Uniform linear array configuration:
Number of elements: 48
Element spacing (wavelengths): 0.75
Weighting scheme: kaiser
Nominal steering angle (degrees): -60
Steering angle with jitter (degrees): -61.993
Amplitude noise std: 0.05
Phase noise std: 0.05

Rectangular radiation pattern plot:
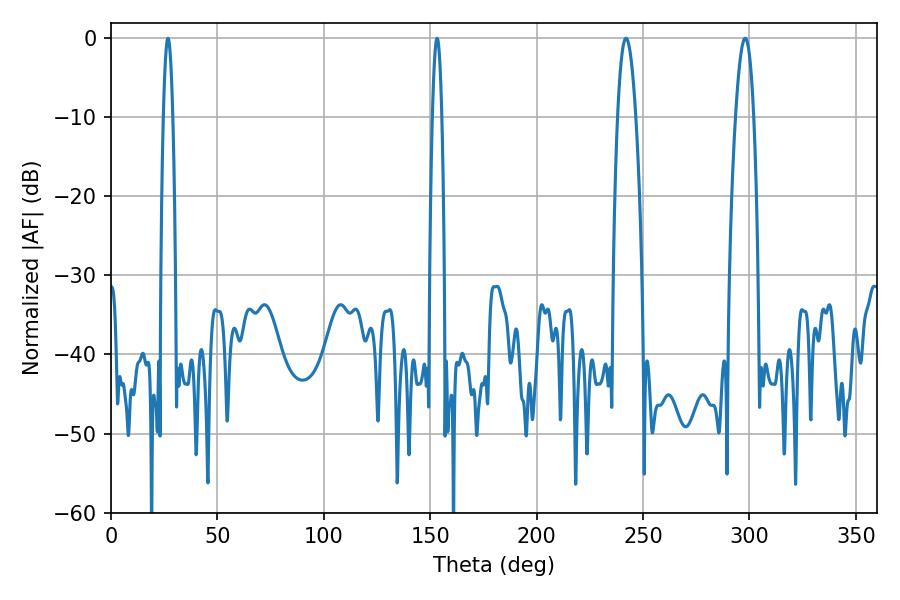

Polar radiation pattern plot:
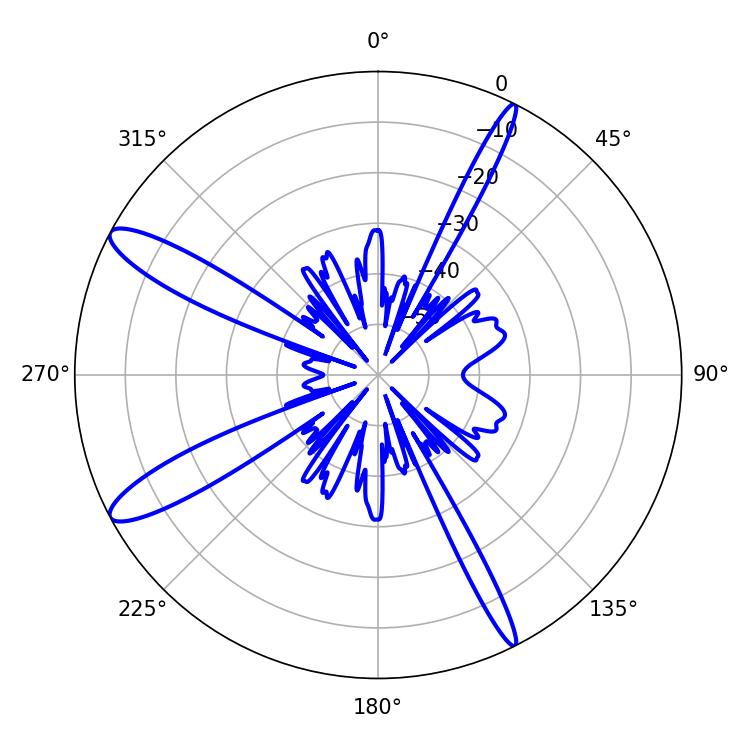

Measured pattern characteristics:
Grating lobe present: TRUE
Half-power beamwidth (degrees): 4.68
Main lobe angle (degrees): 241.92